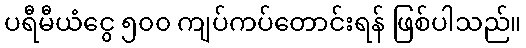
ပရီမီယံငွေ ၅၀၀ ကျပ်ကပ်တောင်းရန် ဖြစ်ပါသည်။